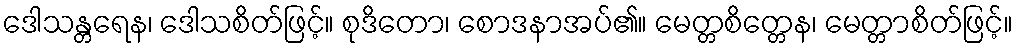
ဒေါသန္တရေန၊ ဒေါသစိတ်ဖြင့်။ စုဒိတော၊ စောဒနာအပ်၏။ မေတ္တစိတ္တေန၊ မေတ္တာစိတ်ဖြင့်။